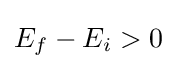
E_{f}-E_{i}>0